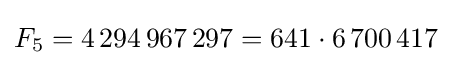
F_{5}=4\,294\,967\,297=641\cdot 6\,700\,417